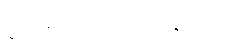
ဖွင့်လိုက်သကဲ့သို့ ဖြစ်သည်။